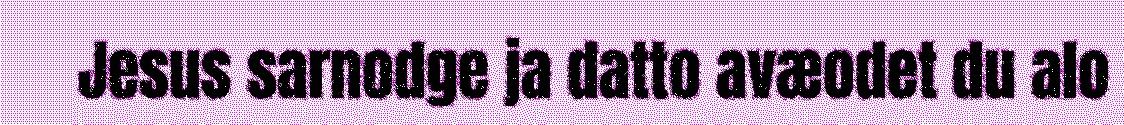
Jesus sarnodge ja datto avæodet du alo